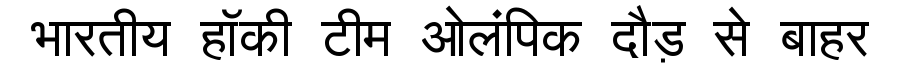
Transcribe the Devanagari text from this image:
भारतीय हॉकी टीम ओलंपिक दौड़ से बाहर